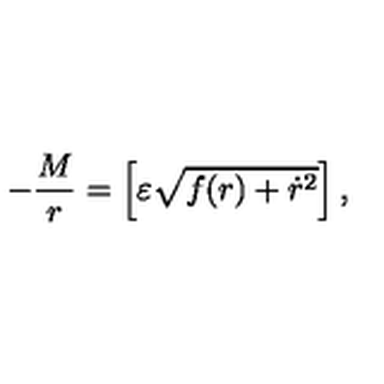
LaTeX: - \frac { M } { r } = \left[ \varepsilon \sqrt { f ( r ) + \dot { r } ^ { 2 } } \right] ,